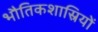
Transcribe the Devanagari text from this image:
भौतिकशास्रियों